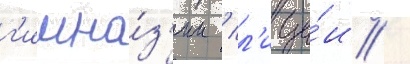
г'имна́з'ии / л'ице́и /